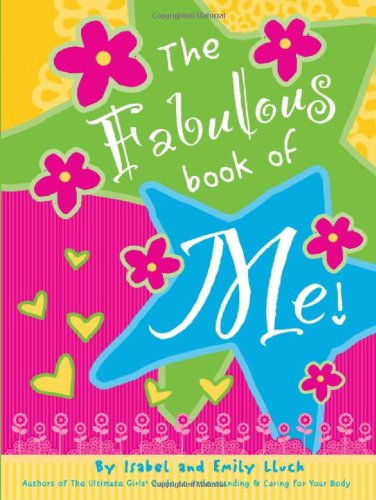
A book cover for Fabulous Book of Me: The Ultimate Girls' Guide Journal & Keepsake That's All About You!; Isabel B. Lluch; Teen & Young Adult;